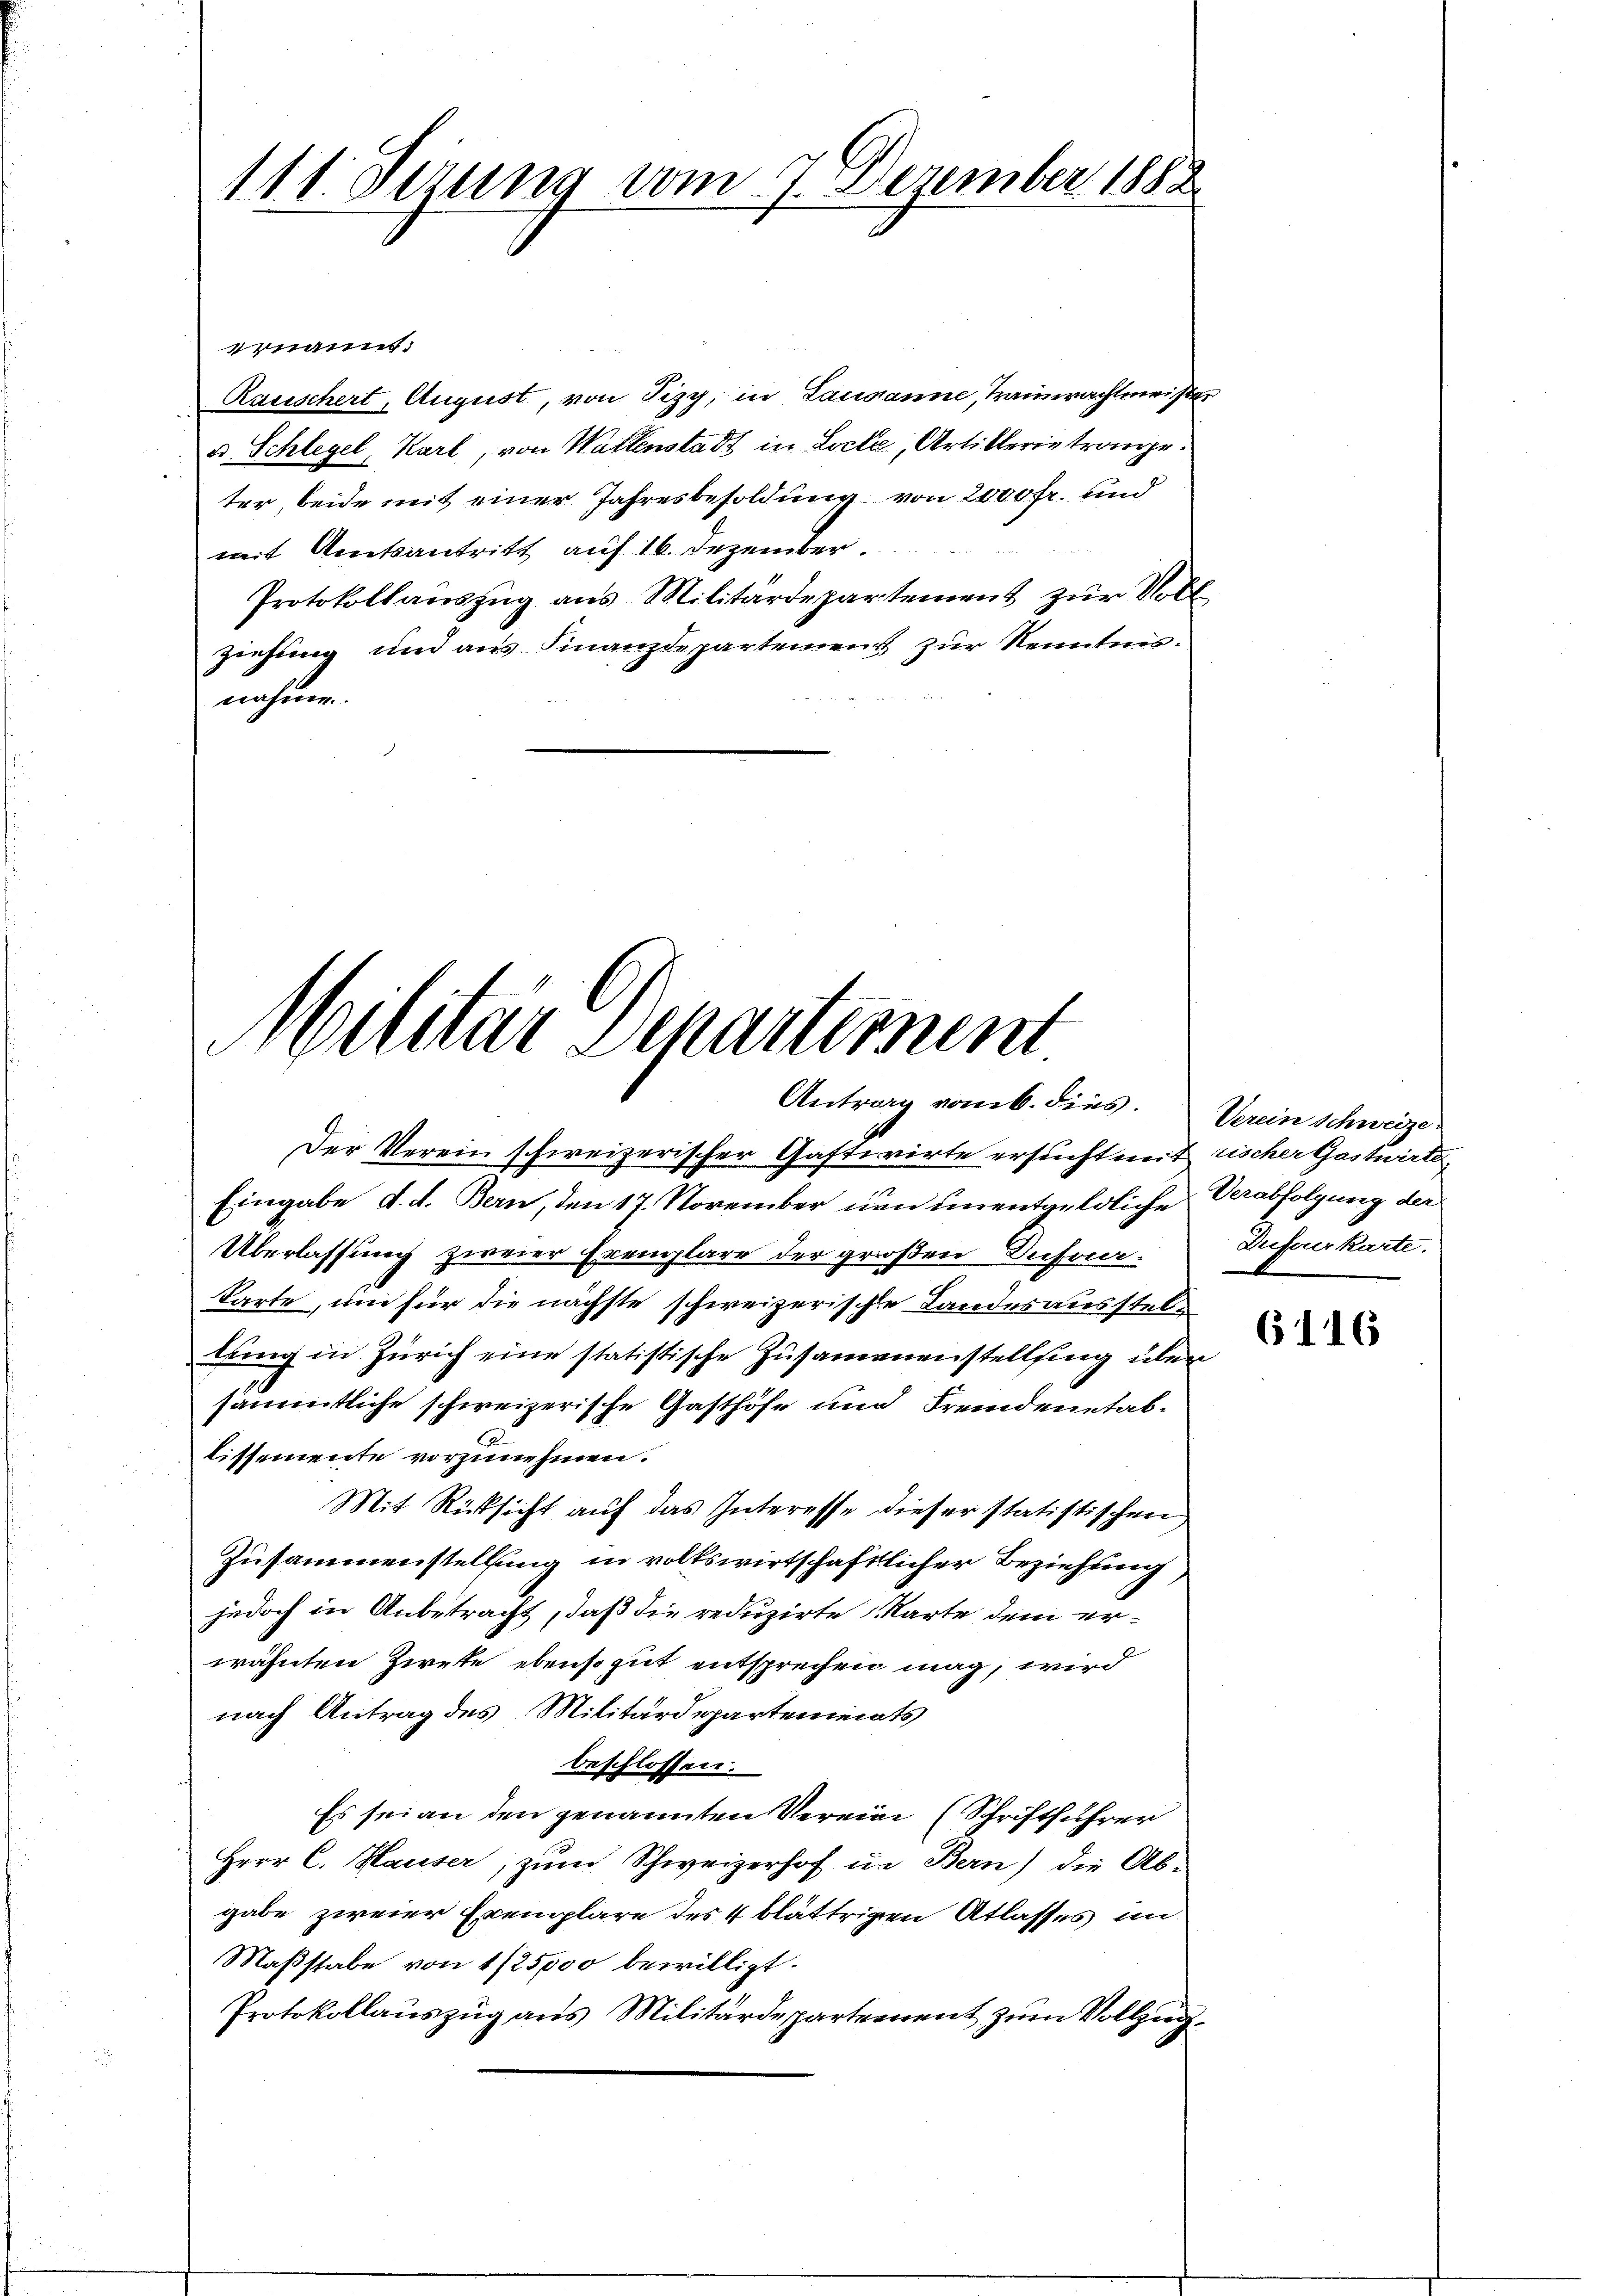
111. Dezung vom 7. Dezember 1882

ernannt:
Rauschert, August, von Pizy, in Lausanne, Trauerachtmeister
u. Schlegel, Karl, von Wallenstadt in Locke, Artillerie trange.
ter, beide mit einer Jahresbesoldung von 2000fr. und
mit Amtsantritt auf 16. Dezember.
Protokollanszŭg ans Militärdepartement zŭr Notl
ziehung und aus Finanzdepartement zur Kenntnis.
nahme.

Militär Departement
Antrag vom 6. dies.

Der Verein schweizerischer Gastwirte ersucht mit rischer Gastwirts
Eingabe d. d. Bern, den 17. November nun unentgeldliche Verabfolgung der
Überlassung zweier Exemplare der großen Inforkarte, um für die nächste schweizerische Landesaussteltung in Zürich eine statistische Zusammenenstellung über
sämmtliche schweizerische Gasthöfe und Fremdenetab¬
A
lissemente vorzunehmen.
Mit Rücksicht auf das Interesse dieser statistischen
Zusammenstellung in volkswirtschaftlicher Beziehung
jedoch in Anbetracht, daß die reduzirte Karte dem er-
wähnten Zieke ebensogut entsprechen mag, wird
nach Antrag des Militärdepartements
beschlossen.
Es sei an den genannten Verein (Schriftführer
Herr C. Hauser, zum Schweizerhof in Bern) die Ab-
gabe zweier Exemplare des 4 blättrigen Atlasses un¬
Maßstabe von 1/2 5000 bewilligt.
Protokollauszug aus Militärdepartement zum Vollzug¬

Verein Schweize
Dreferer Karte.

6116